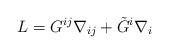
LaTeX: \begin{align*}L=G^{ij}\nabla_{ij}+\tilde{G}^{i}\nabla_i\end{align*}